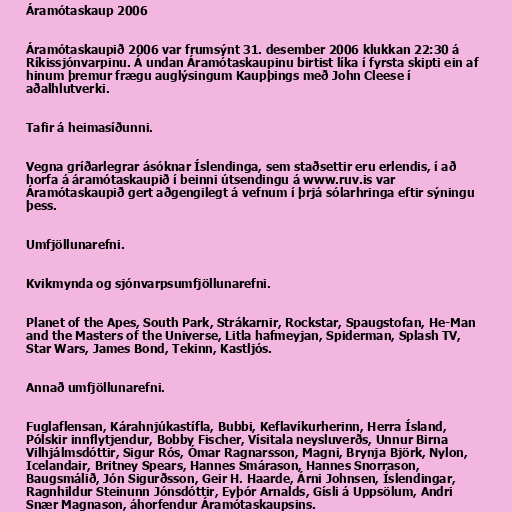
Áramótaskaup 2006

Áramótaskaupið 2006 var frumsýnt 31. desember 2006 klukkan 22:30 á
Ríkissjónvarpinu. Á undan Áramótaskaupinu birtist líka í fyrsta skipti ein af
hinum þremur frægu auglýsingum Kaupþings með John Cleese í
aðalhlutverki.

Tafir á heimasíðunni.

Vegna gríðarlegrar ásóknar Íslendinga, sem staðsettir eru erlendis, í að
horfa á áramótaskaupið í beinni útsendingu á www.ruv.is var
Áramótaskaupið gert aðgengilegt á vefnum í þrjá sólarhringa eftir sýningu
þess.

Umfjöllunarefni.

Kvikmynda og sjónvarpsumfjöllunarefni.

Planet of the Apes, South Park, Strákarnir, Rockstar, Spaugstofan, He-Man
and the Masters of the Universe, Litla hafmeyjan, Spiderman, Splash TV,
Star Wars, James Bond, Tekinn, Kastljós.

Annað umfjöllunarefni.

Fuglaflensan, Kárahnjúkastífla, Bubbi, Keflavíkurherinn, Herra Ísland,
Pólskir innflytjendur, Bobby Fischer, Vísitala neysluverðs, Unnur Birna
Vilhjálmsdóttir, Sigur Rós, Ómar Ragnarsson, Magni, Brynja Björk, Nylon,
Icelandair, Britney Spears, Hannes Smárason, Hannes Snorrason,
Baugsmálið, Jón Sigurðsson, Geir H. Haarde, Árni Johnsen, Íslendingar,
Ragnhildur Steinunn Jónsdóttir, Eyþór Arnalds, Gísli á Uppsölum, Andri
Snær Magnason, áhorfendur Áramótaskaupsins.